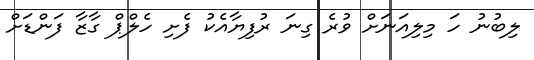
ލިބުނު ހަ މިލިއަނަށް ވުރެ ގިނަ ރުފިޔާއެކު ފެށި ހެލްޕް ގާޒާ ފަންޑަށް